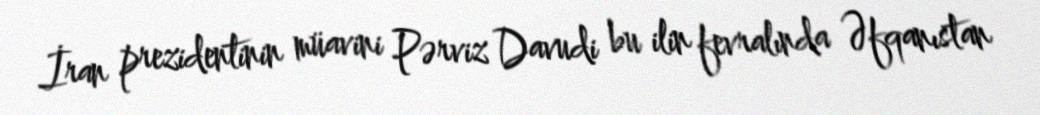
İran prezidentinin müavini Pərviz Davudi bu ilin fevralında Əfqanıstan